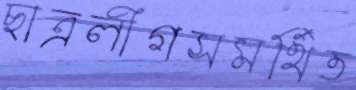
ছাত্রলীগসমর্থিত